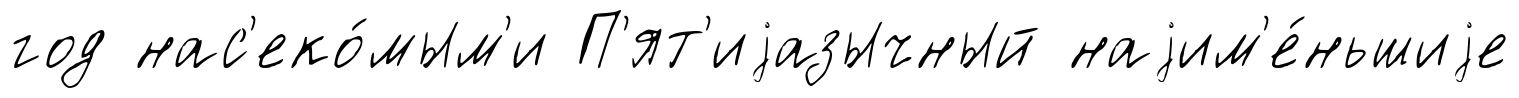
год нас'еко́мым'и П'ят'иjазычный наjим'е́ньшиjе